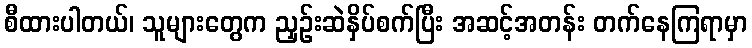
စီထားပါတယ်၊ သူများတွေက ညှဉ်းဆဲနှိပ်စက်ပြီး အဆင့်အတန်း တက်နေကြရာမှာ